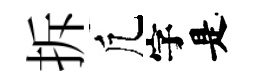
拆凢字是